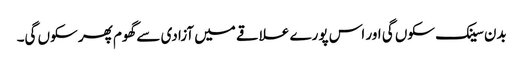
بدن سینک سکوں گی اور اس پورے علاقے میں آزادی سے گھوم پھر سکوں گی۔